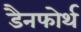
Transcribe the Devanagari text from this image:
डैनफोर्थ